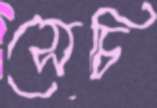
সেচি